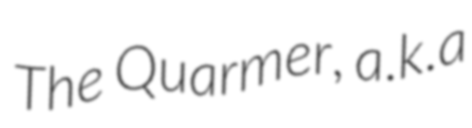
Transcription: The Quarmer, a.k.a